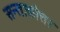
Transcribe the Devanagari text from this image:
सन्ताकोत्तर